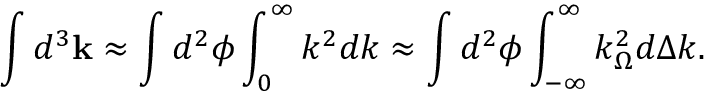
\int d ^ { 3 } \mathbf { k } \approx \int d ^ { 2 } \boldsymbol { \phi } \int _ { 0 } ^ { \infty } k ^ { 2 } d k \approx \int d ^ { 2 } \boldsymbol { \phi } \int _ { - \infty } ^ { \infty } k _ { \Omega } ^ { 2 } d \Delta k .